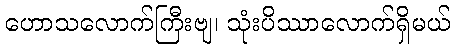
ဟောသလောက်ကြီးဗျ၊ သုံးပိဿာလောက်ရှိမယ်